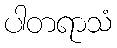
ပါတရာသံ